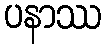
ပနာဿ